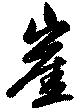
崖